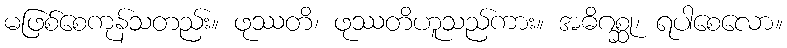
မဖြစ်စေကုန်သတည်း။ ဖုဿတိ၊ ဖုဿတိဟူသည်ကား။ အဓိဂစ္ဆု၊ ရပါစေလော။